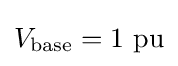
V_{\text{base}}=1{\text{ pu}}